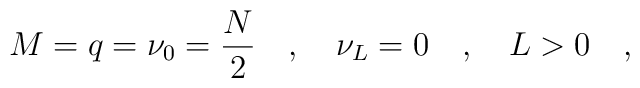
M=q=\nu_0 =\frac{N}{2}\quad,\quad \nu_{L}=0\quad,\quad L>0\quad ,